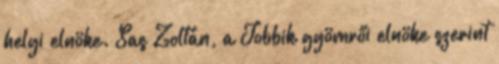
helyi elnöke. Sas Zoltán, a Jobbik gyömrői elnöke szerint